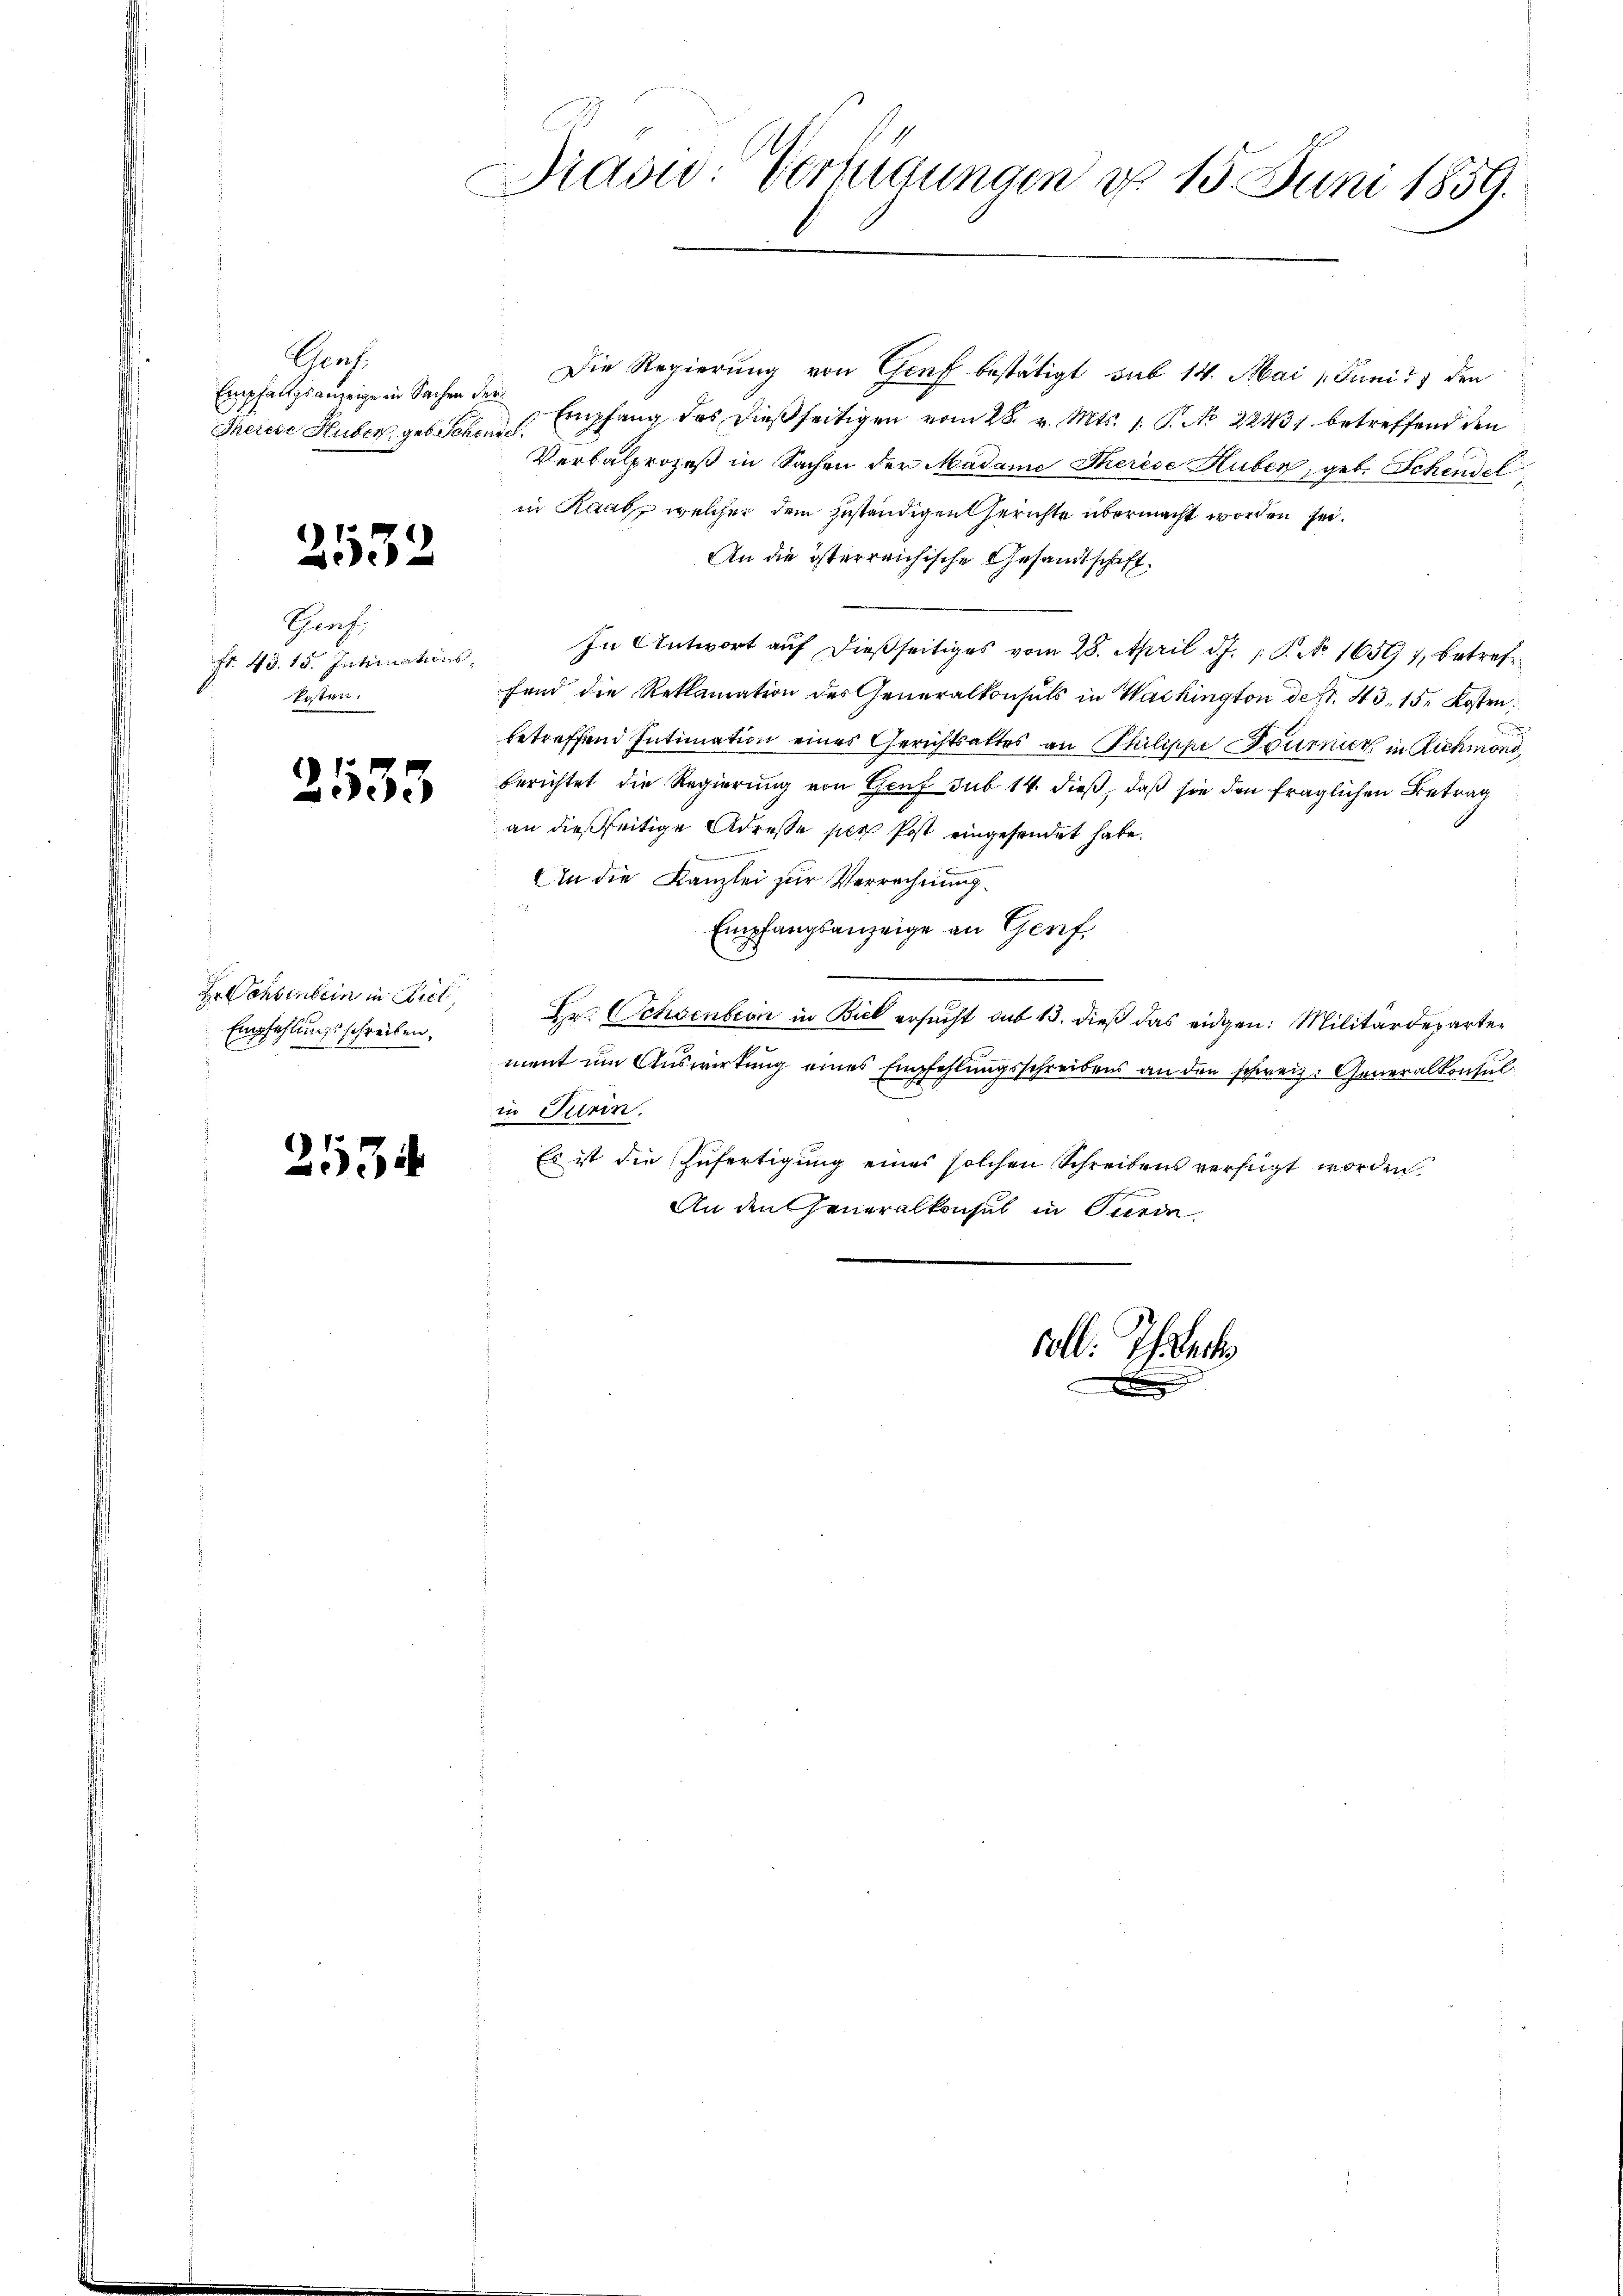
Groh
Empfaltgsanzeige in Sachen der

2532

Chorh
Fr. 48. 15. Intimations¬
Paten.

2135

Er Sehenbein in Ziel,
Empfehlungsschreiben,

.

2534

Diasw: Verfügungen d. 15. Juni 1859.

Die Regierung von Genf bestätigt, sub 14. Mai 1 Juni 21 den
Therere Huber geb. Schen. Empfang des dießseitigen vom 28. v. Mts. 1. P. No 22431 betreffend den
Verbalprozeß in Sachen der Madame Therese Huber, geb. Schendel
in Raab welcher dem zuständigen Gerichte übermacht worden sei.
An die österreichische Gesandtschaft.
In Antwort auf dießseitiges vom 28. April d. J. P. No 1659), betreffend die Reklamation des Generalkonsuls in Washington de N. 43, 15. Kosten
betreffend Intimation eines Gerichtsaktes an Philippe Douenier in Richmond
berichtet die Regierung von Genf sub 14. dieß, daß sie den fraglichen Betrag
an dießseitige Adresse per Post eingesendet habe.
e
An die Kanzlei zur Verrechnung
Empfangsanzeige an Genf,
Hr. Ochsenberi in Biel ersucht das 13. dieß das eidgen: Militärdepartement um Auswirkung eines Empfehlungsschreibens an den schweiz. Generalkonsul
in Turin.
Es ist die Zufertigung eines solchen Schreibens verfügt worden,
An den Generalkonsul in Turin

voll. Ihrere
s